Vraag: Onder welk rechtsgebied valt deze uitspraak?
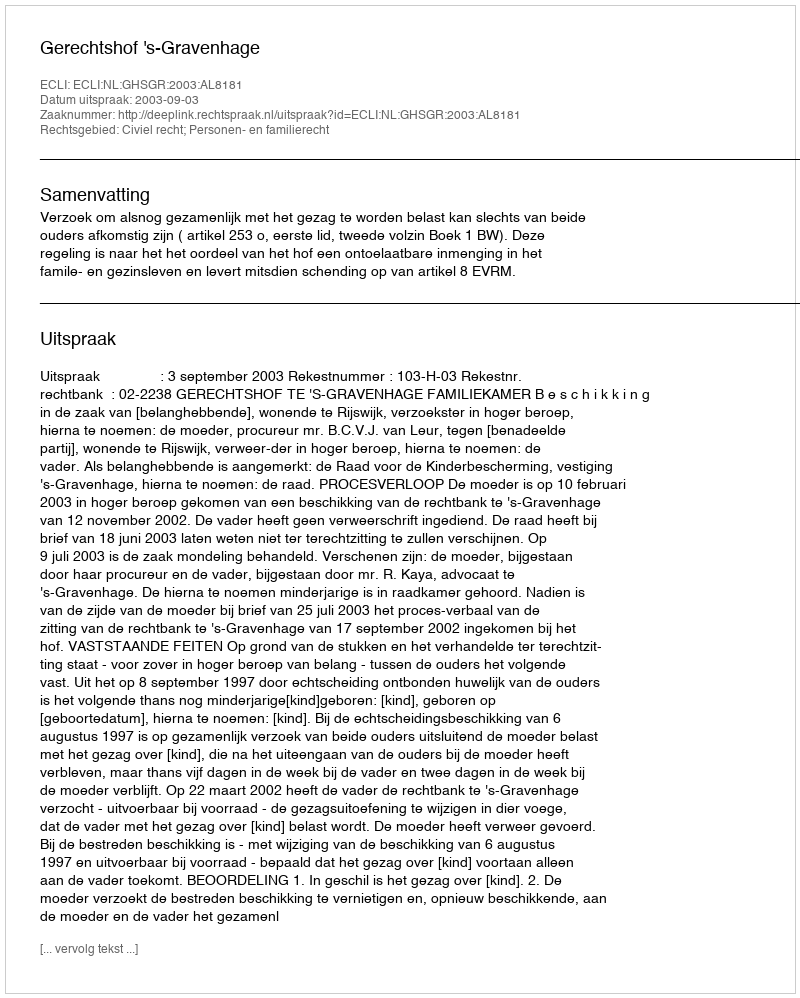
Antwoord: Civiel recht; Personen- en familierecht